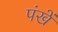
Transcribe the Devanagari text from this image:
पंखें